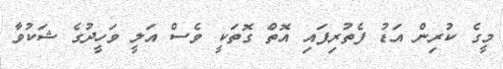
މީގެ ކުރިން އަޑު ފެތުރިފައި އޮތް ގޮތަކީ ވެސް އަލީ ވަހީދުގެ ޝަކުވާ